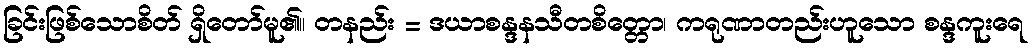
ခြင်းဖြစ်သောစိတ် ရှိတော်မူ၏။ တနည်း = ဒယာစန္ဒနသီတစိတ္တော၊ ကရုဏာတည်းဟူသော စန္ဒကူးရေ